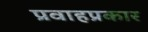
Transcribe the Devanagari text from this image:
प्रवाहप्रकार